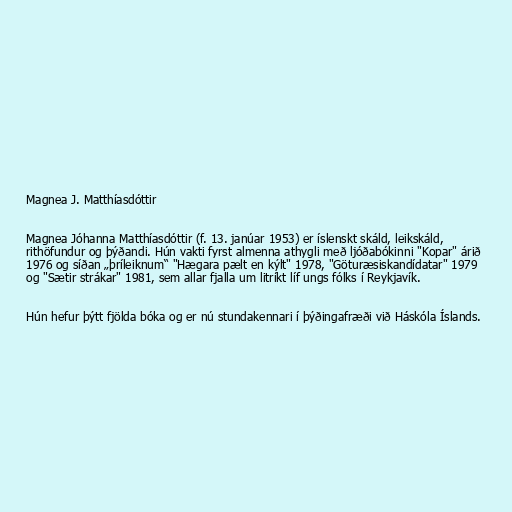
Magnea J. Matthíasdóttir

Magnea Jóhanna Matthíasdóttir (f. 13. janúar 1953) er íslenskt skáld, leikskáld,
rithöfundur og þýðandi. Hún vakti fyrst almenna athygli með ljóðabókinni "Kopar" árið
1976 og síðan „þríleiknum“ "Hægara pælt en kýlt" 1978, "Göturæsiskandídatar" 1979
og "Sætir strákar" 1981, sem allar fjalla um litríkt líf ungs fólks í Reykjavík.

Hún hefur þýtt fjölda bóka og er nú stundakennari í þýðingafræði við Háskóla Íslands.